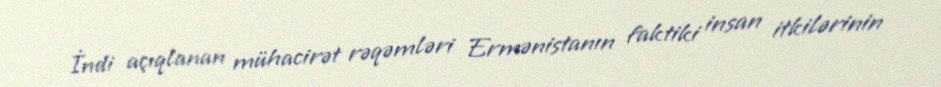
İndi açıqlanan mühacirət rəqəmləri Ermənistanın faktiki insan itkilərinin